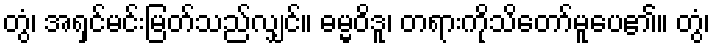
တွံ၊ အရှင်မင်းမြတ်သည်လျှင်။ ဓမ္မဝိဒူ၊ တရားကိုသိတော်မူပေ၏။ တွံ၊